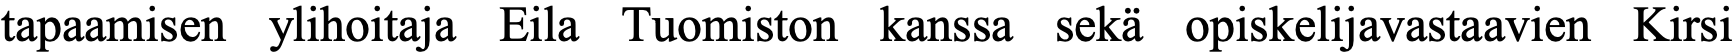
tapaamisen ylihoitaja Eila Tuomiston kanssa sekä opiskelijavastaavien Kirsi